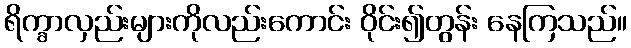
ရိက္ခာလှည်းများကိုလည်းကောင်း ဝိုင်း၍တွန်း နေကြသည်။